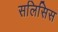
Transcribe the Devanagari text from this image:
सलिसिस